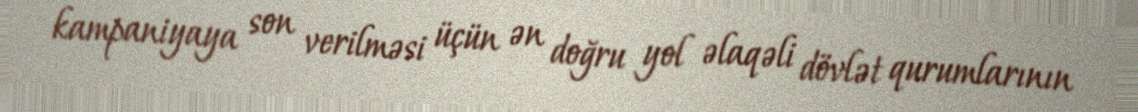
kampaniyaya son verilməsi üçün ən doğru yol əlaqəli dövlət qurumlarının